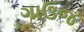
ગાઉજ